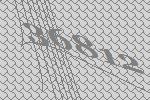
36812